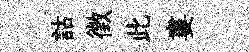
詁徵此婁